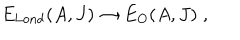
E _ { \mathrm { L o n d } } ( A , J ) \rightarrow E _ { O } ( A , J ) \; ,